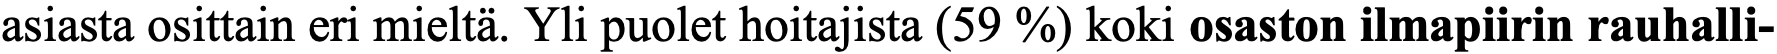
asiasta osittain eri mieltä. Yli puolet hoitajista (59 %) koki osaston ilmapiirin rauhalli-